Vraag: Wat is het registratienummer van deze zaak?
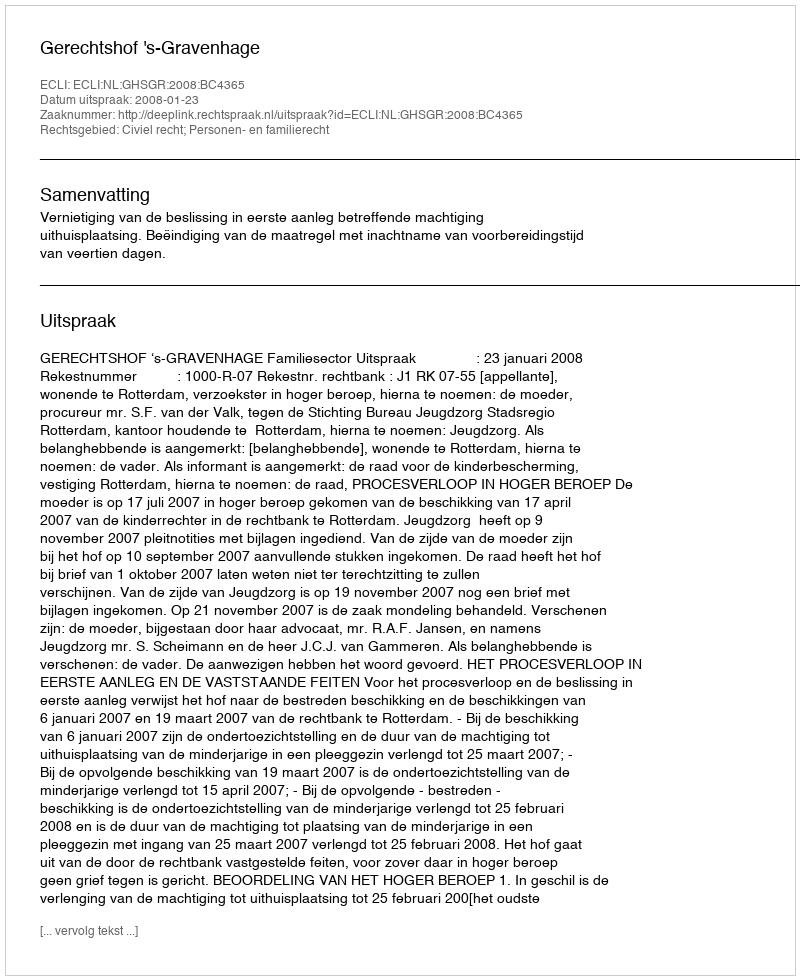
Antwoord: http://deeplink.rechtspraak.nl/uitspraak?id=ECLI:NL:GHSGR:2008:BC4365